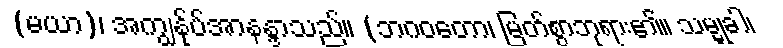
(မယာ)၊ အကျွန်ုပ်အာနန္ဒာသည်။ (ဘဂဝတော၊ မြတ်စွာဘုရား၏။ သမ္မုခါ၊